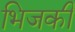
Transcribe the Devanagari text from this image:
भिजकी